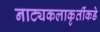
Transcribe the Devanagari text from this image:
नाट्यकलाकृतींकडे